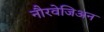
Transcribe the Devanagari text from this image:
नौरवेजिअन